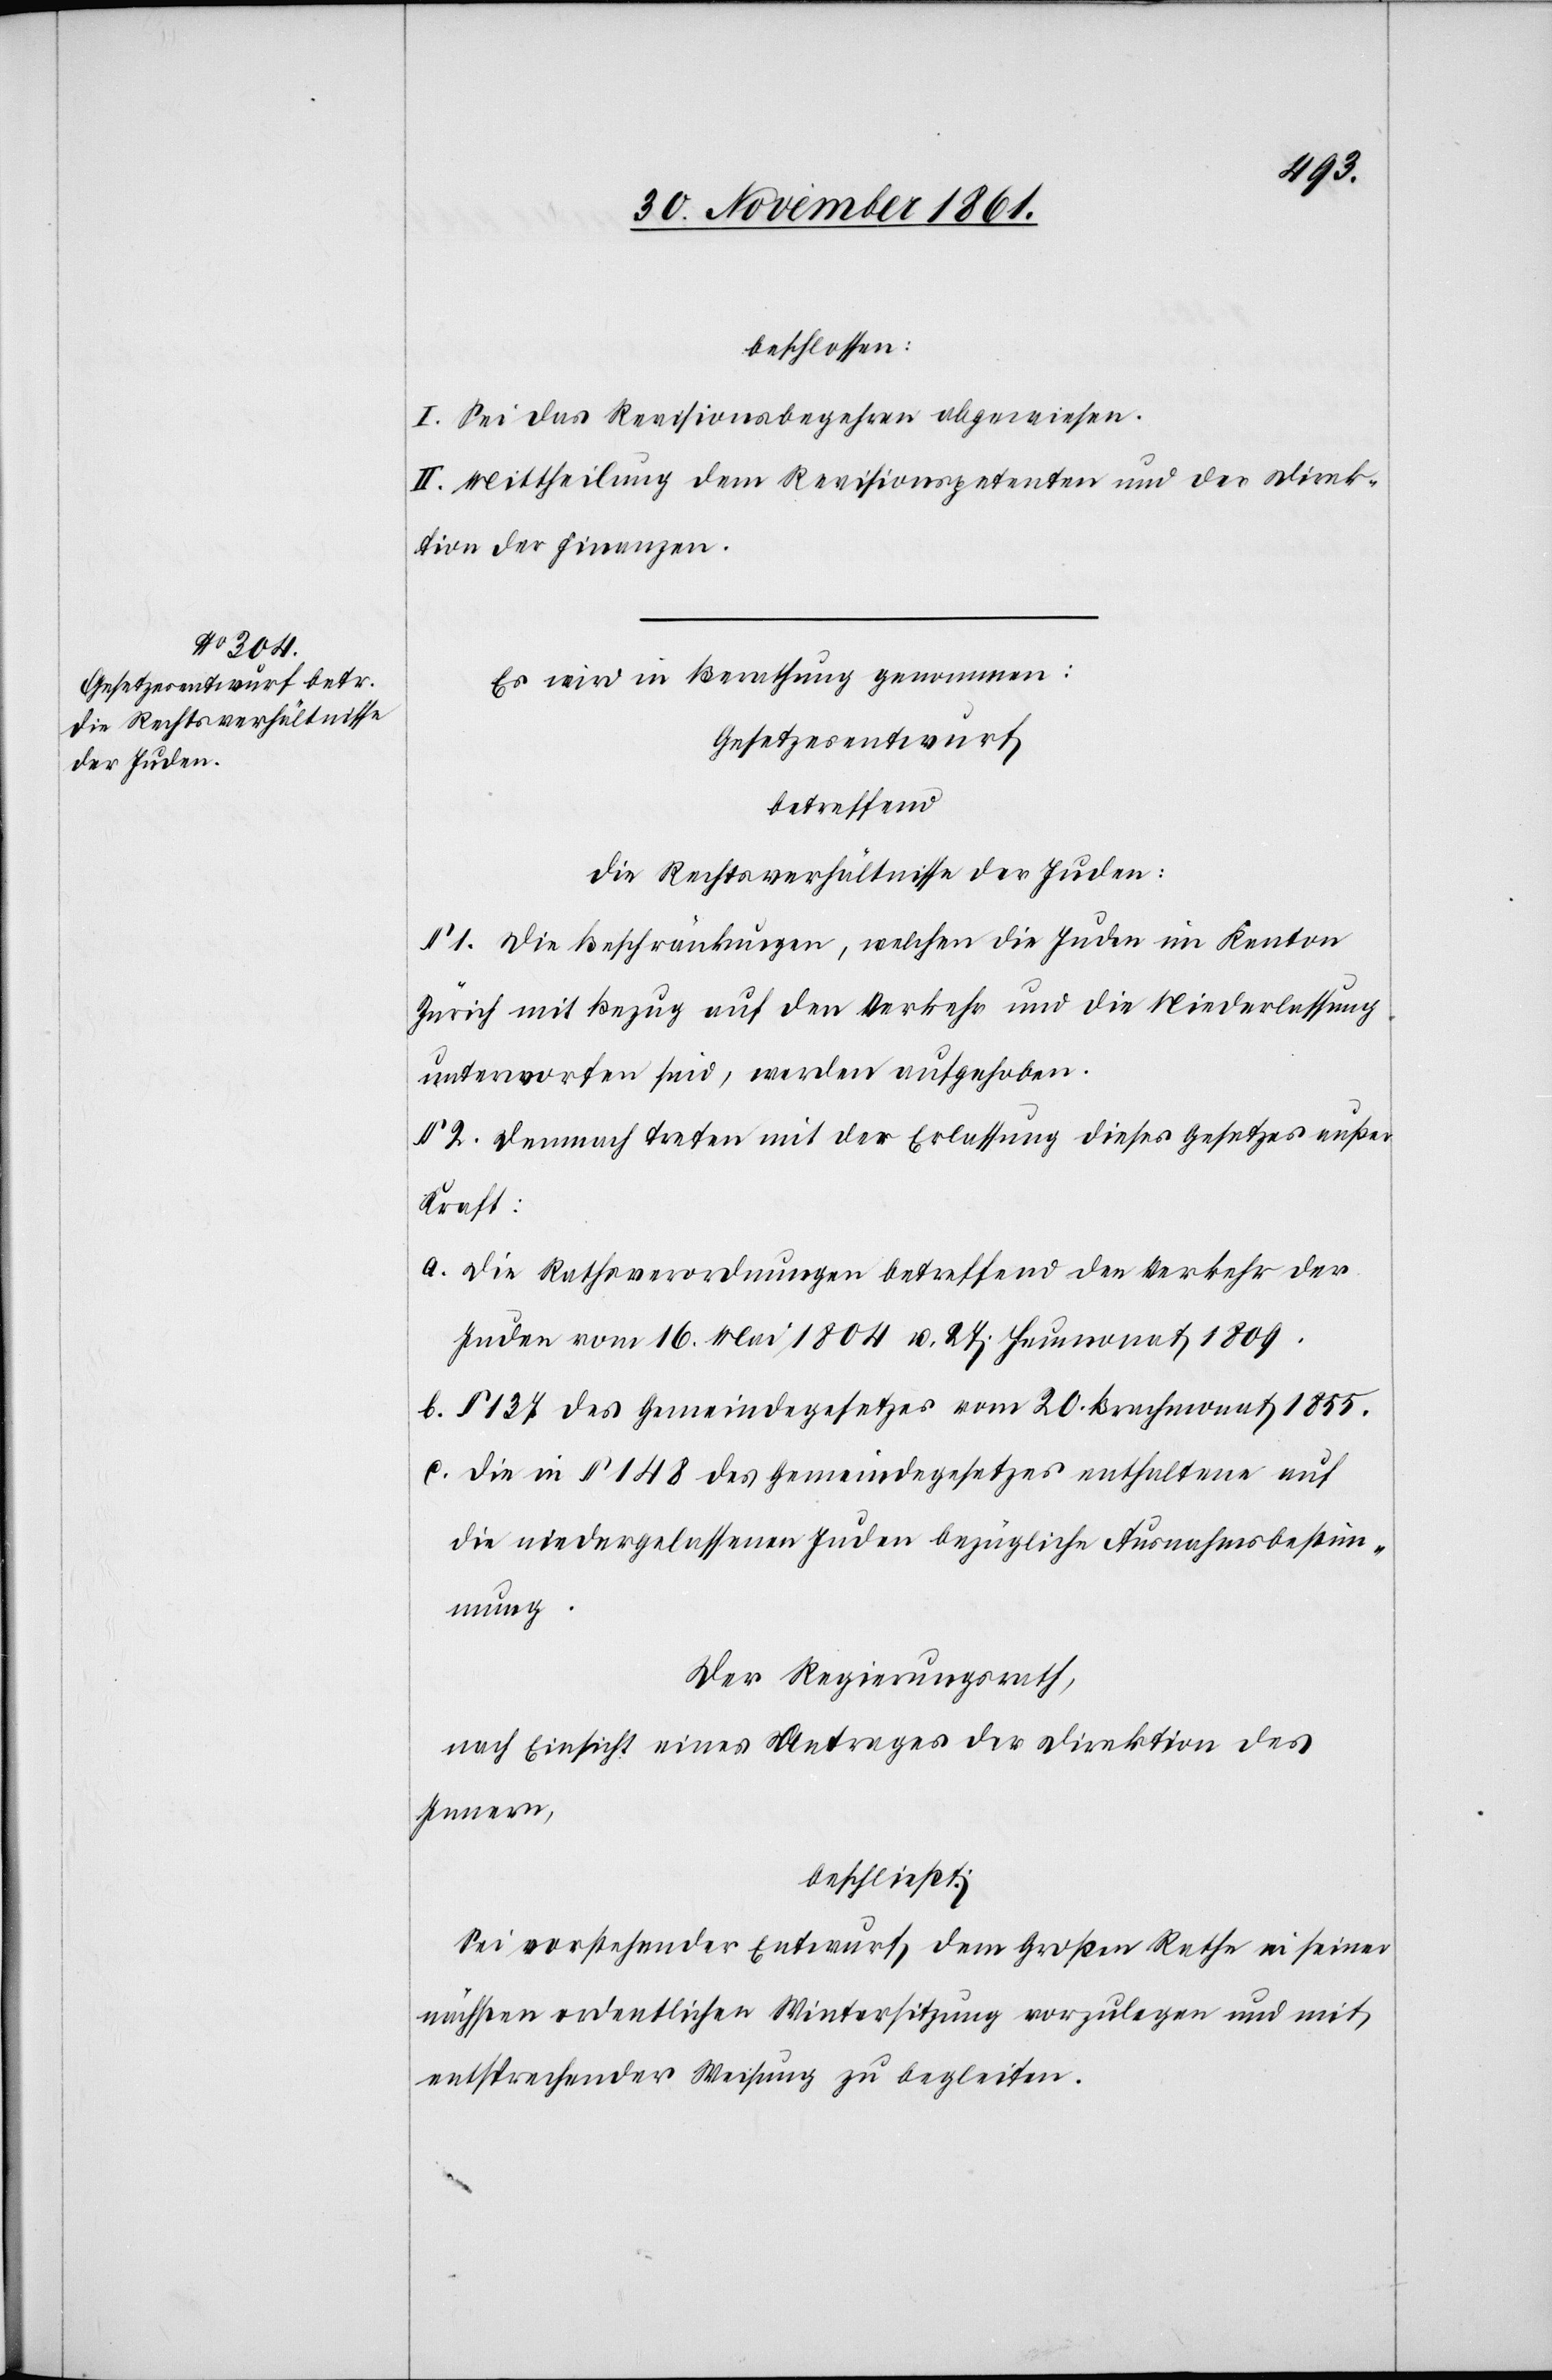
beschlossen:
I. Sei das Revisionsbegehren abgewiesen.
II. Mittheilung dem Revisionspetenten und der Direk¬
tion der Finanzen.
Es wird in Berathung genommen:
Gesetzesentwurf
betreffend
die Rechtsverhältsnisse der Juden:
§ 1. Die Beschränkungen, welchen die Juden im Kanton
Zürich mit Bezug auf den Verkehr und die Niederlassung
unterworfen sind, werden aufgehoben.
§ 2. Demnach treten mit der Erlassung dieses Gesetzes außer
Kraft:
a. Die Rechtsverordnungen betreffend den Verkehr der
Juden vom 16 Mai 1804 u. 27 Heumonat 1809.
b. § 137 des Gemeindegesetzes vom 20 Brachmonat 1855.
c. Die in § 148 des Gemeindegesetzes enthaltene auf
die niedergelassenen Juden bezügliche Ausnahmsbestim¬
mung.
Der Regierungsrath,
nach Einsicht eines Antrages der Direktion des
Innern,
beschließt:
Sei vorstehender Entwurf, dem Großen Rathe in seiner
nächsten ordentlichen Wintersitzung vorzulegen und mit
nachstehender Weisung zu begleiten.